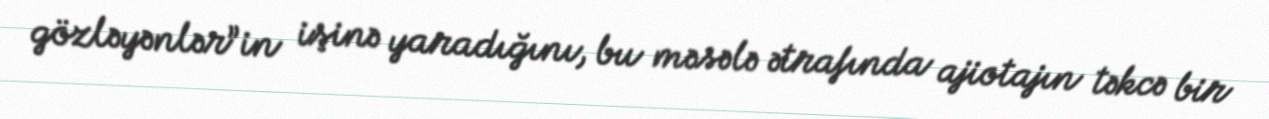
gözləyənlər”in işinə yaradığını, bu məsələ ətrafında ajiotajın təkcə bir